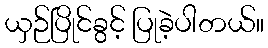
ယှဉ်ပြိုင်ခွင့် ပြုခဲ့ပါတယ်။